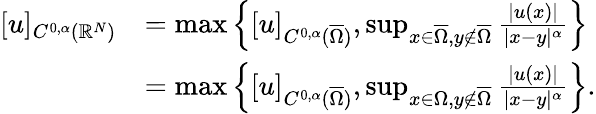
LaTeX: \begin{array}{rl}{[u]_{C^{0,\alpha}(\mathbb{R}^{N})}}&{=\operatorname*{max}\left\{ [u]_{C^{0,\alpha}(\overline{\Omega})},\operatorname*{sup}_{x\in\overline{{\Omega}},y\notin\overline{{\Omega}}}\frac{|u(x)|}{|x-y|^{\alpha}}\right\} }\\ &{=\operatorname*{max}\left\{ [u]_{C^{0,\alpha}(\overline{\Omega})},\operatorname*{sup}_{x\in\Omega,y\notin\overline{{\Omega}}}\frac{|u(x)|}{|x-y|^{\alpha}}\right\} .}\end{array}